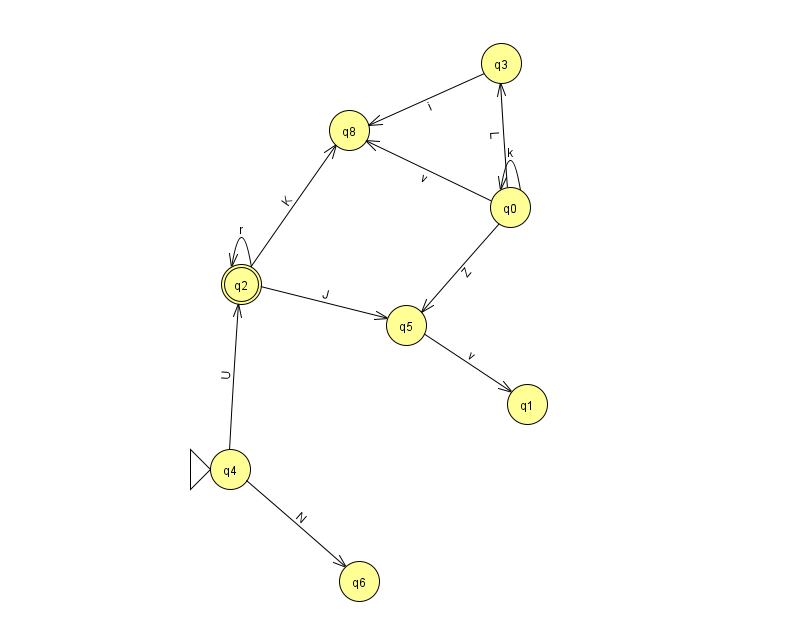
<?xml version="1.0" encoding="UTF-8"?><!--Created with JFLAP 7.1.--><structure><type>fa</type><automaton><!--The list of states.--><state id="0" name="q0"><x>510.0</x><y>194.0</y></state><state id="1" name="q1"><x>527.0</x><y>391.0</y></state><state id="2" name="q2"><x>241.0</x><y>271.0</y><final/></state><state id="3" name="q3"><x>501.0</x><y>50.0</y></state><state id="4" name="q4"><x>230.0</x><y>456.0</y><initial/></state><state id="5" name="q5"><x>406.0</x><y>312.0</y></state><state id="6" name="q6"><x>359.0</x><y>568.0</y></state><state id="8" name="q8"><x>349.0</x><y>117.0</y></state><!--The list of transitions.--><transition><from>2</from><to>2</to><read>r</read></transition><transition><from>0</from><to>8</to><read>v</read></transition><transition><from>0</from><to>3</to><read>L</read></transition><transition><from>3</from><to>8</to><read>i</read></transition><transition><from>5</from><to>1</to><read>v</read></transition><transition><from>0</from><to>0</to><read>k</read></transition><transition><from>2</from><to>5</to><read>J</read></transition><transition><from>4</from><to>6</to><read>N</read></transition><transition><from>2</from><to>8</to><read>K</read></transition><transition><from>4</from><to>2</to><read>U</read></transition><transition><from>0</from><to>5</to><read>Z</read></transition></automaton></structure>